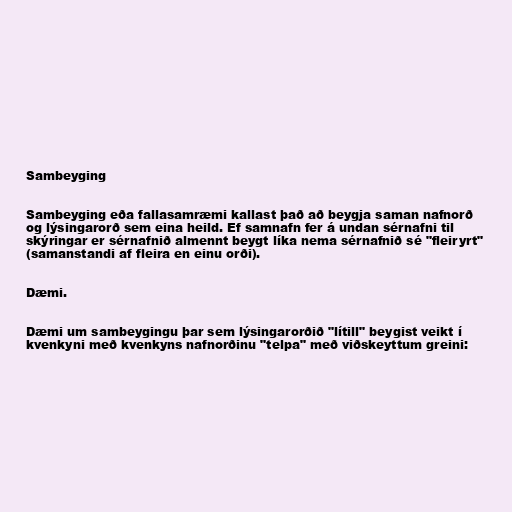
Sambeyging

Sambeyging eða fallasamræmi kallast það að beygja saman nafnorð
og lýsingarorð sem eina heild. Ef samnafn fer á undan sérnafni til
skýringar er sérnafnið almennt beygt líka nema sérnafnið sé "fleiryrt"
(samanstandi af fleira en einu orði).

Dæmi.

Dæmi um sambeygingu þar sem lýsingarorðið "lítill" beygist veikt í
kvenkyni með kvenkyns nafnorðinu "telpa" með viðskeyttum greini: